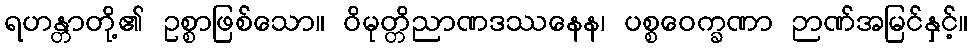
ရဟန္တာတို့၏ ဥစ္စာဖြစ်သော။ ဝိမုတ္တိညာဏဒဿနေန၊ ပစ္စဝေက္ခဏာ ဉာဏ်အမြင်နှင့်။